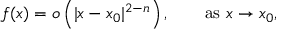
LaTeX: f ( x ) = o \left( \vert x - x _ { 0 } \vert ^ { 2 - n } \right) , \qquad { \mathrm { a s ~ } } x \to x _ { 0 } ,